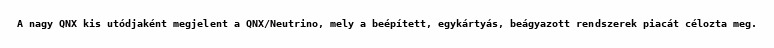
A nagy QNX kis utódjaként megjelent a QNX/Neutrino, mely a beépített, egykártyás, beágyazott rendszerek piacát célozta meg.